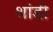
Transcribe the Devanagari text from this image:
थांडी